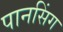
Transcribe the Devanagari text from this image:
पानसिंग